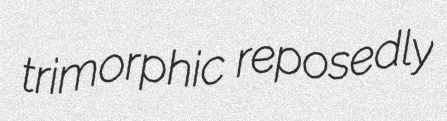
trimorphic reposedly